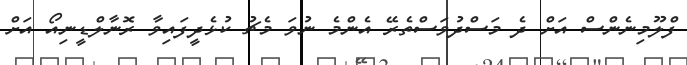
ފްލޫމިނެންސް އަށް ދެ މަސްދުވަސްތެރޭ އެންމެ ނުވަ މެޗު ކުޅެދީފައިވާ ރޮނާލްޑީނިއޯ އަށް